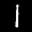
Label: 1